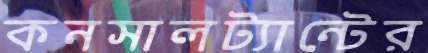
কনসালট্যান্টের